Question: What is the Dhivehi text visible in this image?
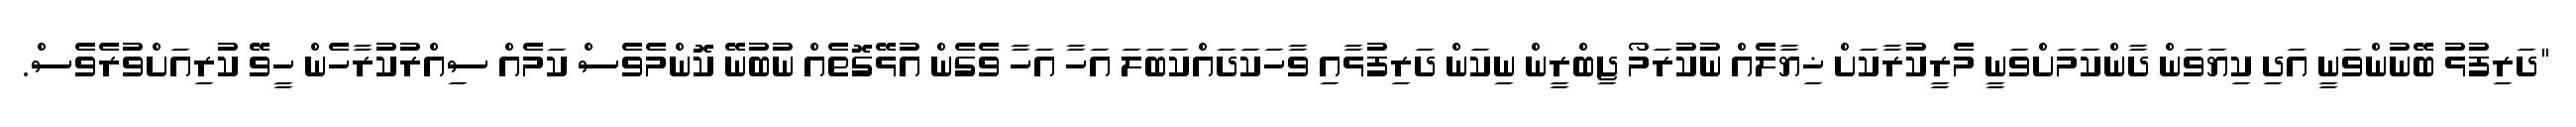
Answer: "ދަރިފުޅު ބޭނުންވަނީ އަދި ކިޔަވަން ދާންކަމަށްވަނީ މެރީކުރާކަށް ޚިޔާލެއް ނުކުރަމޯ ޖިބްރީން ނިކަން ދަރިފުޅާއި ވާހަކަދައްކަބަލަ އަހާ އަހާ ވެގެން އުޅޭގޮތެއް ނުބުނޭ ކޮންމެވެސް ކަމެއް ސިއްރުކުރާހެން ހީވޭ ކުރިއަށްވުރެވެސް.